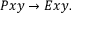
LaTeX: \ P x y \rightarrow E x y .